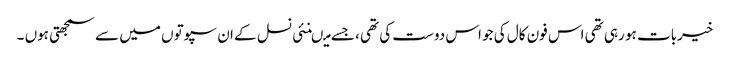
خیربات ہو رہی تھی اس فون کال کی جو اس دوست کی تھی ، جسے میںنئی نسل کے ان سپوتوں میں سے سمجھتی ہوں ۔